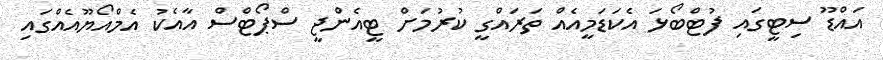
އައްޑޫ ސިޓީގައި ފުޓްބޯޅަ އެކަޑަމީއެއް ތަރައްގީ ކުރުމަށް ޓީއެންޖީ ސްޕޯޓްސް އާއެކު އެމްއޯޔޫއެއްގައި